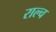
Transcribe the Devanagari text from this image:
राल्च